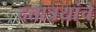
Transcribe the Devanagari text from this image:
दत्तात्रयांचे